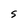
Character: S